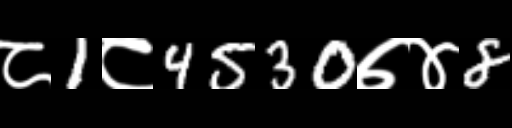
Text: ८1८4530७४8